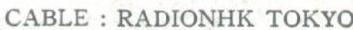
CABLE : RADIONHK TOKYO